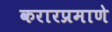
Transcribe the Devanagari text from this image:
करारप्रमाणे